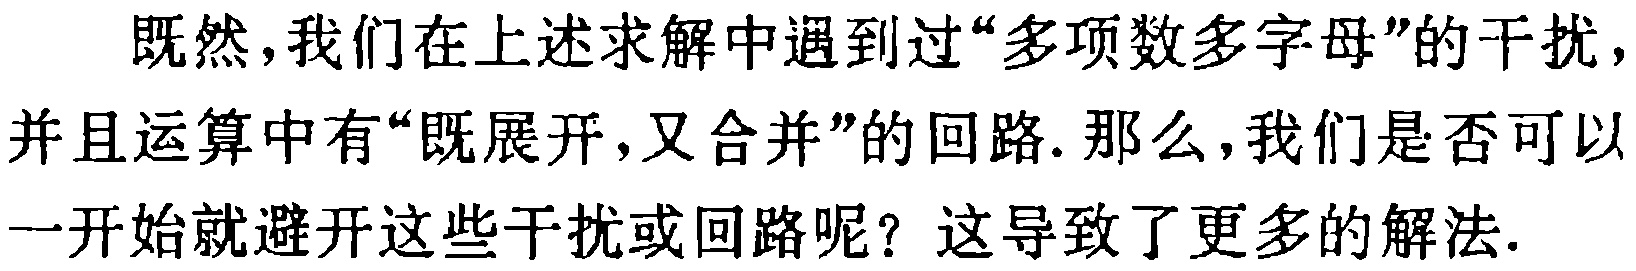
既然,我们在上述求解中遇到过“多项数多字母”的干扰,并且运算中有“既展开,又合并”的回路.那么,我们是否可以一开始就避开这些干扰或回路呢？这导致了更多的解法.